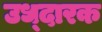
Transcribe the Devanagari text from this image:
उध्दारक